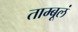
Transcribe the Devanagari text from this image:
ताम्बूलं